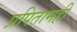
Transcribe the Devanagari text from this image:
प्रपितामही